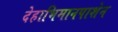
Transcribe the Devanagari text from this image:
देहाभिमानपाशेन